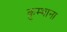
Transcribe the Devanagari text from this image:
कुम्भाना